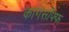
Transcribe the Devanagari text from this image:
कागसॉफ्फ